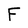
Character: F